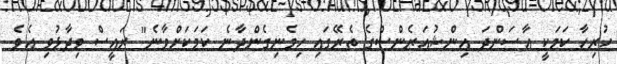
ހުރިހާ ކަމަކީ އާސަންދަ އިންޝުއަރެންސްގެ ތެރޭގައި ހިމެނިގެންދާނެ ކަމަކަށްވާނެ" ރައީސް ވިދާޅުވި އެވެ.